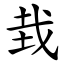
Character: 㦳